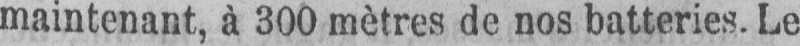
maintenant, à 300 mètres de nos batteries. Le